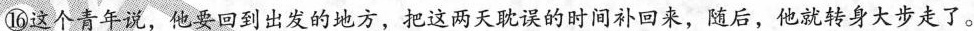
⑯这个青年说，他要回到出发的地方，把这两天耽误的时间补回来，随后，他转身大步走了。